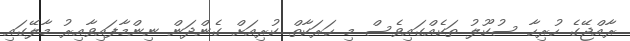
ރާއްޖޭގެ ހުރިހާ ސުކޫލު ތަކެއްގައިވެސް މި ހަރަކާތް ކުރިއަށް ގެންދަން ނިންމާފައިވާއިރު މާލޭގައި